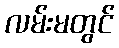
လမ်းမတွင်